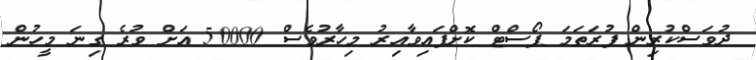
ދުވަސްކުރިން ފުރަތަމަ ޕޯސްޓް ކޮށްފައިވާއިރު މިހާރުވެސް 50000 އަށް ވުރެ ގިނަ މީހުން